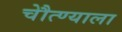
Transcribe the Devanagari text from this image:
चेौत्ण्याला